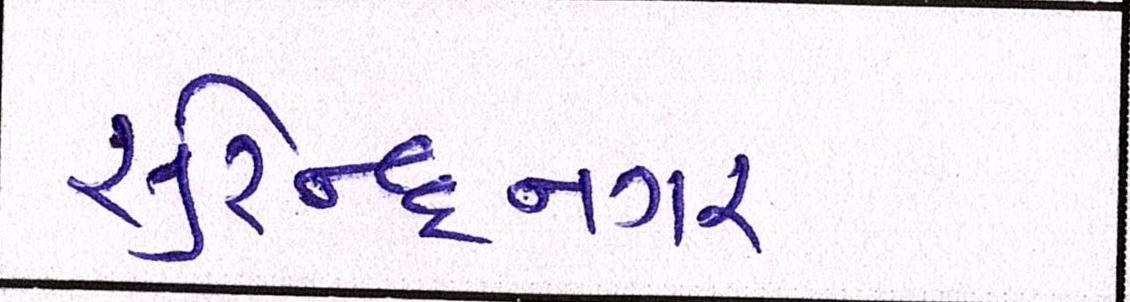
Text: સુરેન્દ્રનગર